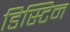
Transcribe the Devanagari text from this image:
डिस्टिन